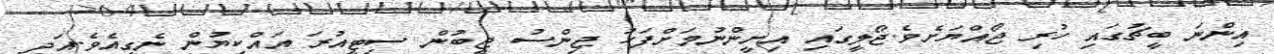
އިންނަ ބީޗުގައި ހުރި ޖޯއްޔަށެވެ.ޖޯލީގައި އިށީންނުމަށްފަހު ޖިންސު ޖީބުން ސިޓީއުރަ އައްކިޔުން ނެގިއެވެ.އަދި